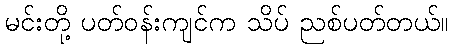
မင်းတို့ ပတ်ဝန်းကျင်က သိပ် ညစ်ပတ်တယ်။